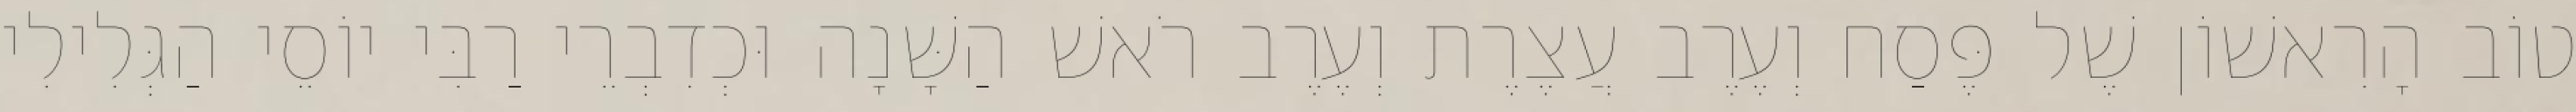
טוֹב הָרִאשׁוֹן שֶׁל פֶּסַח וְעֶרֶב עֲצֶרֶת וְעֶרֶב רֹאשׁ הַשָּׁנָה וּכְדִבְרֵי רַבִּי יוֹסֵי הַגְּלִילִי